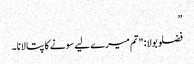
”
فضلو بولا: "تم میرے لیے سونے کا پتا لانا۔